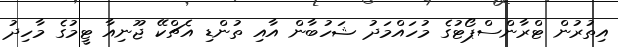
އިތުރުން ޓްރާންސްޕޯޓުގެ މުހައްމަދު ޝަހުބާން އާއި ތުންޑި އެޗްކޭ ޖޫނިއާ ޓީމުގެ މާހިދު